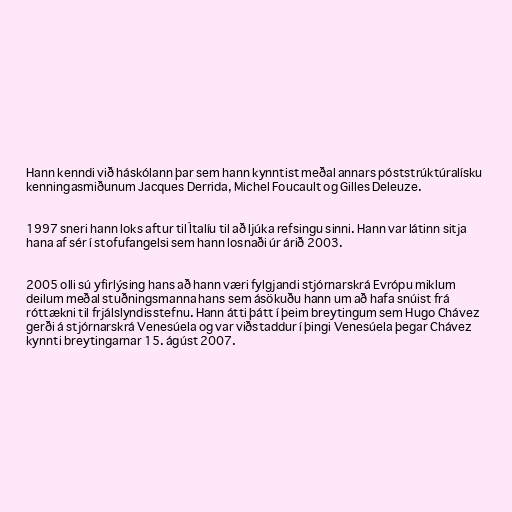
Hann kenndi við háskólann þar sem hann kynntist meðal annars póststrúktúralísku
kenningasmiðunum Jacques Derrida, Michel Foucault og Gilles Deleuze.

1997 sneri hann loks aftur til Ítalíu til að ljúka refsingu sinni. Hann var látinn sitja
hana af sér í stofufangelsi sem hann losnaði úr árið 2003.

2005 olli sú yfirlýsing hans að hann væri fylgjandi stjórnarskrá Evrópu miklum
deilum meðal stuðningsmanna hans sem ásökuðu hann um að hafa snúist frá
róttækni til frjálslyndisstefnu. Hann átti þátt í þeim breytingum sem Hugo Chávez
gerði á stjórnarskrá Venesúela og var viðstaddur í þingi Venesúela þegar Chávez
kynnti breytingarnar 15. ágúst 2007.